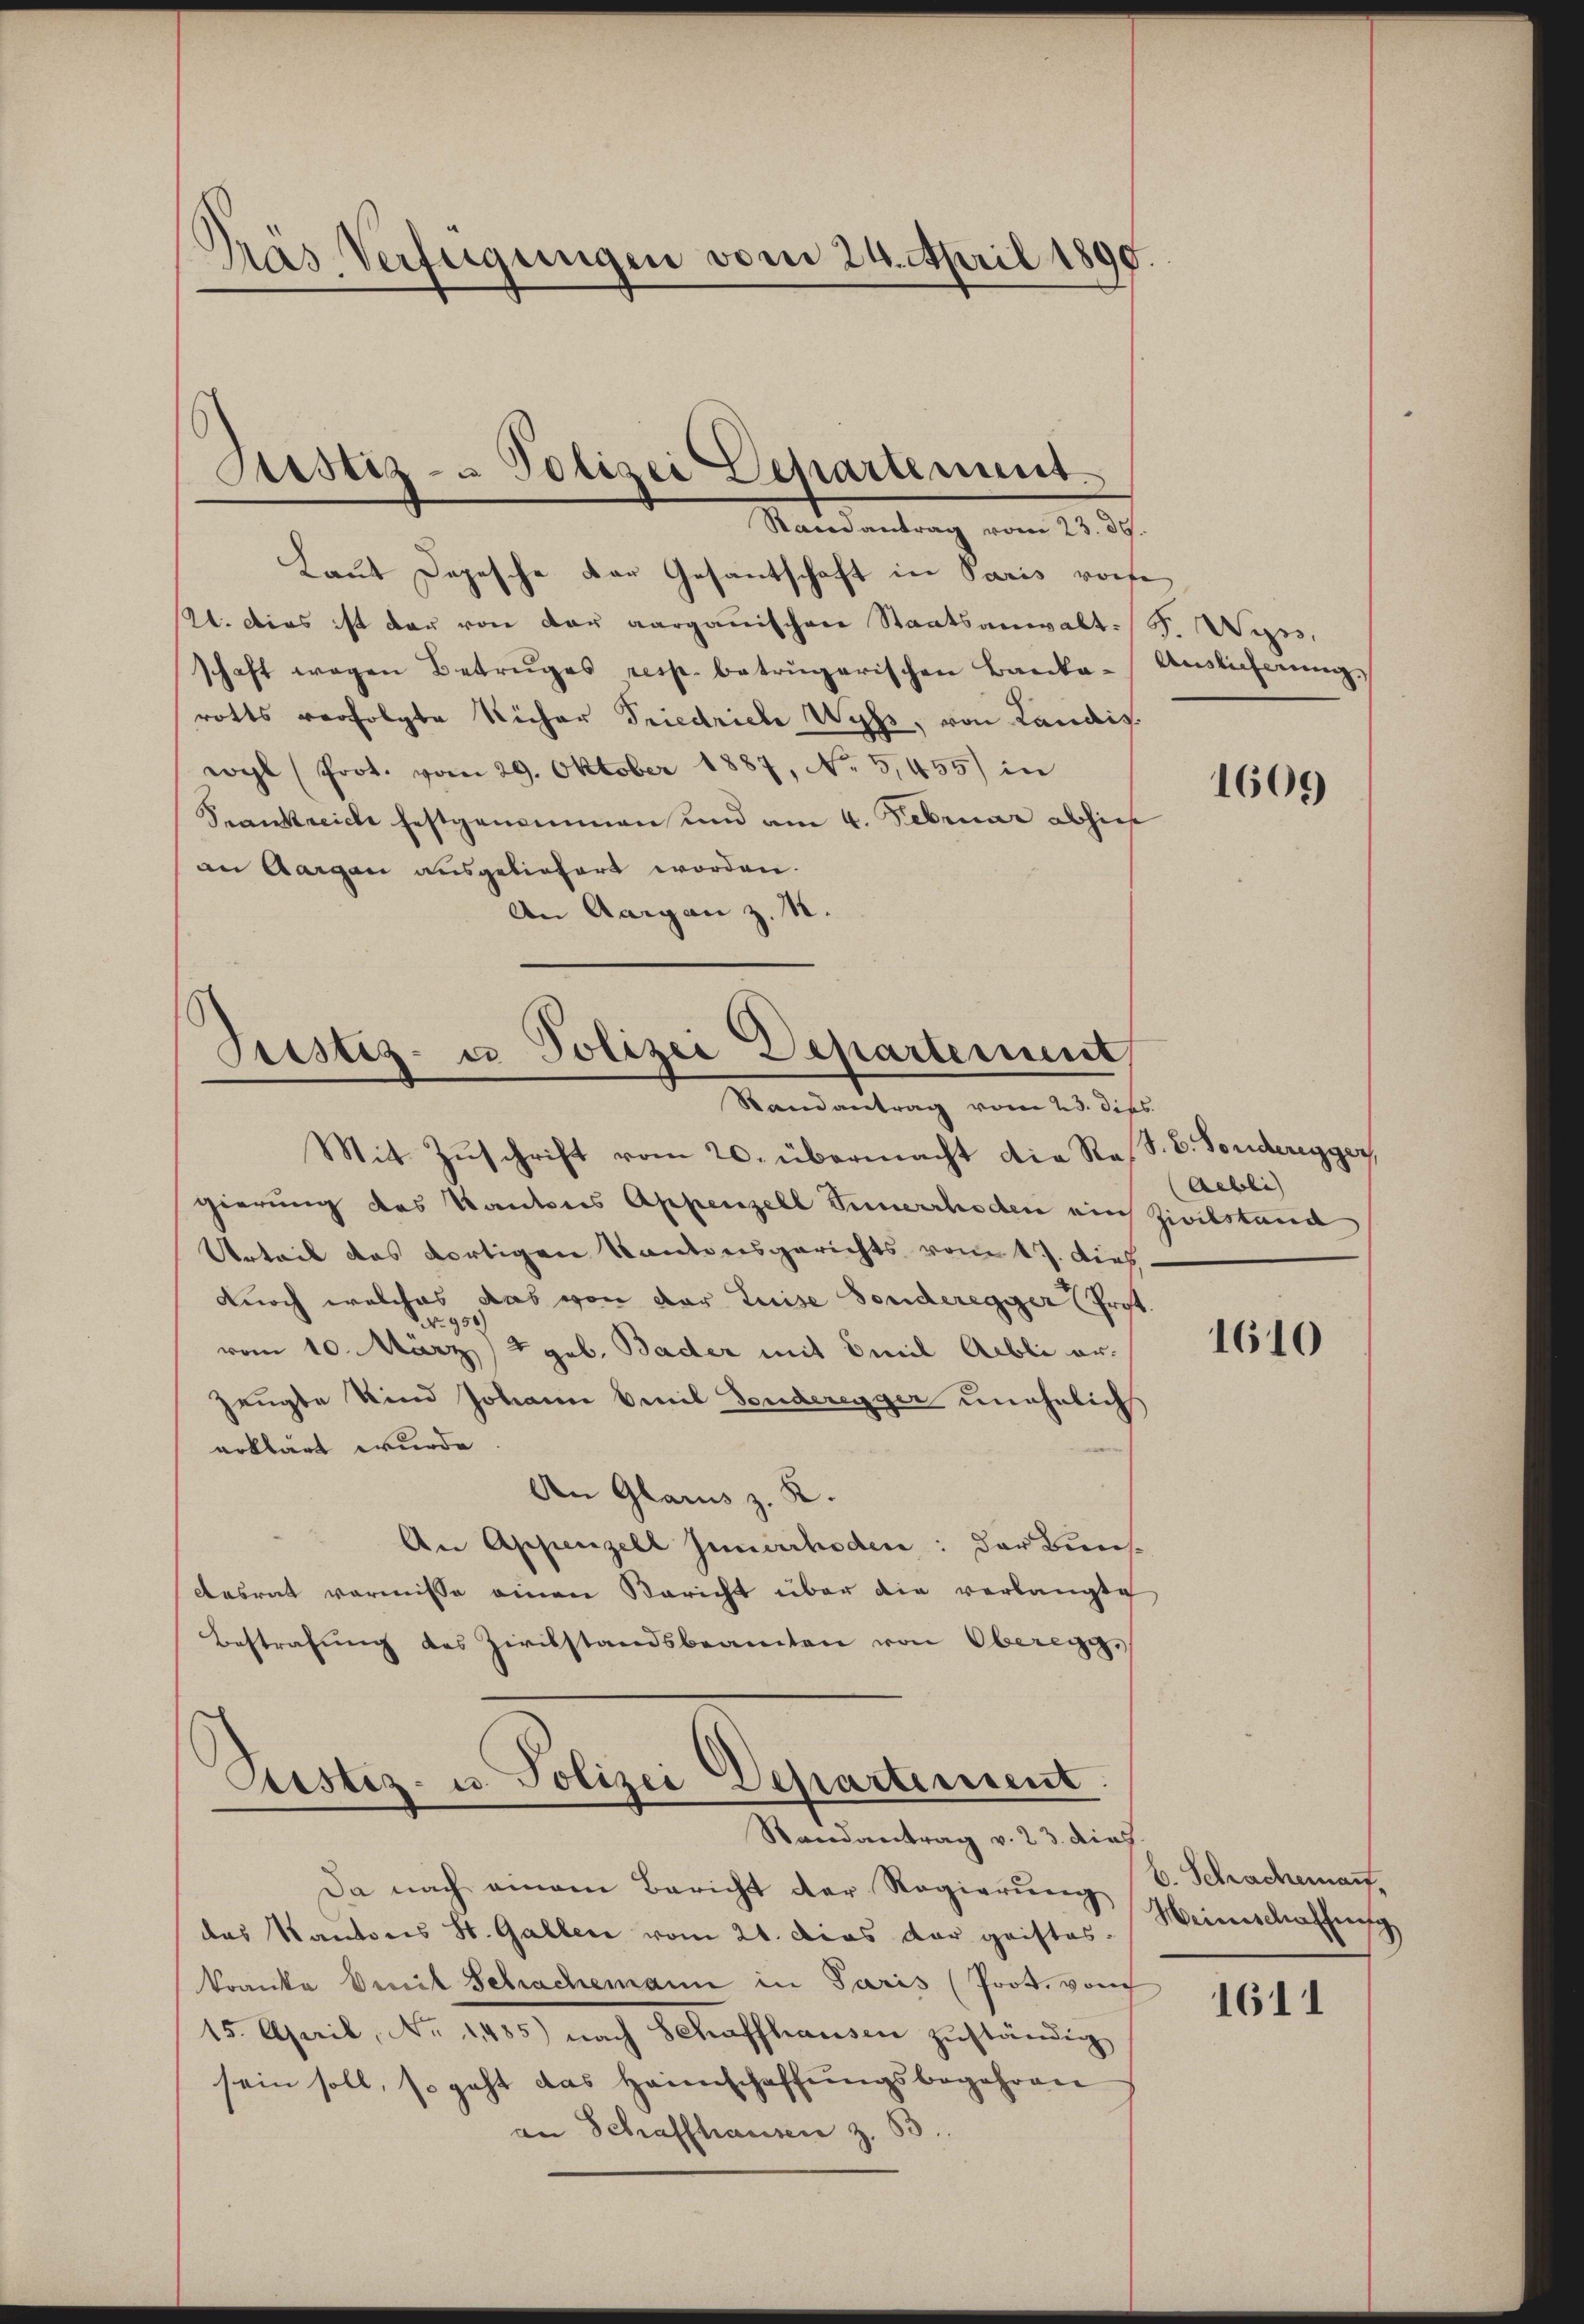
Pras Verfügungen vom 24. April 1890

Justiz- & Polizei Departement.
Randantrag vom 23. 39.

Laut Depesche der Gesantschaft in Paris worfe
2. Dies ist der von der aargauischen Staatsanwalt. F. Wyss.
schaft wegen Betruges resp. betrügerischen Banka-Auslieferung,
rotts verfolgte Richer Friedrich Wyss, von Landis.
wyl (Prot. vom 29. Oktober 1887, No 5,455 in
Frankreiche festgenommen und am 4. Februar abhies
an Aargau ausgeliefert worden.
An Aargau z. 12.

Justiz- u Polizei Departement,
Randantrag vom 23. dies

Custiz- u. Polizei Departement.
Randantrag v. 23. dies

Da nach einem Bericht der Regierung
das Kantons St. Gallen vom 21. dies der geistes-
kranke Smit Schachemann in Paris (Prot. von
15. April, No. 1405) nach Schaffhausen zuständig
sein soll, so geht das Heimschaffŭngsbegehren
an Schaffhausen z. B

Mit Zŭschrift vom 20. übermacht die Res. E. Fonderegger,
gierung des Kantons Appenzell Innerrhoden ein Zivilstand
Urteil das dortigen Kantonsgerichts vom 17. Dieh
durch welches, das von der Luise Sonderegger Prost.
vom 10. März 4 geb. Bader mit Emil Albli erzeugte Kind Johann Emil Sonderegger unehelich
erklärt wurde
An Glarus z. K.
An Appenzell Zimmerchoden: der Bunsdesrat vornisse einen Bericht über die verlangte
Bestrafung des Zivilstandsbeamten von Oberegg,

1609

Aebli

1610

b. Schrachemant,
Meienschaffung

1611